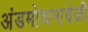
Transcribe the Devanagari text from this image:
अंडमोचनावेळी